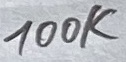
Text: 100K